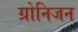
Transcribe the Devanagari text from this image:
ग्रोनिजन